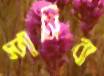
স্পাসিবা